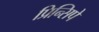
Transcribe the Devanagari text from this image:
प्रिन्सिपे